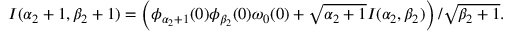
\begin{array} { r } { I ( \alpha _ { 2 } + 1 , \beta _ { 2 } + 1 ) = \left( \phi _ { \alpha _ { 2 } + 1 } ( 0 ) \phi _ { \beta _ { 2 } } ( 0 ) \omega _ { 0 } ( 0 ) + \sqrt { \alpha _ { 2 } + 1 } I ( \alpha _ { 2 } , \beta _ { 2 } ) \right) / \sqrt { \beta _ { 2 } + 1 } . } \end{array}